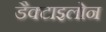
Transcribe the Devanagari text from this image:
डैक्टाइलोन